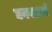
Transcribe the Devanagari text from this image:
घनवलयों